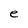
Character: e